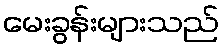
မေးခွန်းများသည်